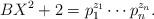
LaTeX: \begin{align*} BX^2 + 2 = p_1^{z_1} \cdots p_n^{z_n}.\end{align*}